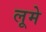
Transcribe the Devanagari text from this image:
लूमे